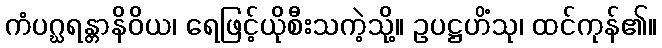
ကံပဂ္ဃရန္တာနိဝိယ၊ ရေဖြင့်ယိုစီးသကဲ့သို့။ ဥပဋ္ဌဟိံသု၊ ထင်ကုန်၏။